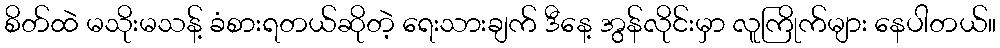
စိတ်ထဲ မသိုးမသန့် ခံစားရတယ်ဆိုတဲ့ ရေးသားချက် ဒီနေ့ အွန်လိုင်းမှာ လူကြိုက်များ နေပါတယ်။